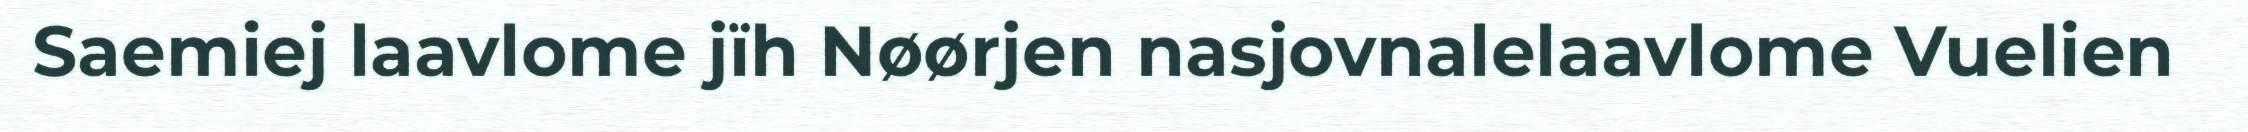
Saemiej laavlome jïh Nøørjen nasjovnalelaavlome Vuelien